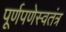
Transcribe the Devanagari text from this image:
पूर्णपणेस्वतंत्र